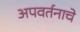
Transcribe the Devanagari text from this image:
अपवर्तनाचे